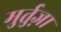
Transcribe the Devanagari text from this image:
मुर्तुज़ा